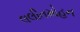
લલીતમોહન